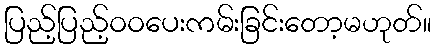
ပြည့်ပြည့်ဝဝပေးကမ်းခြင်းတော့မဟုတ်။